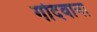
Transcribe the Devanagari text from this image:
गोदवाना